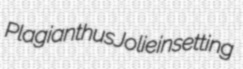
Plagianthus Jolie insetting